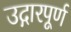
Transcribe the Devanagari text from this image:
उद्गारपूर्ण